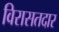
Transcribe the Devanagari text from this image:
विरासतदार